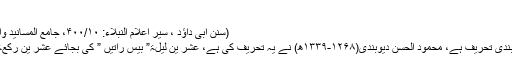
”
(سنن ابی داؤد ، سیر اعلام النبلاء: ۴۰۰/۱۰، جامع المسانید والسنن للحافظ ابن کثیر : ۵۵/۱)
عشر ین رکعۃ کے الفاظ دیو بندی تحریف ہے، محمود الحسن دیوبندی(۱۲۶۸-۱۳۳۹ھ) نے یہ تحریف کی ہے، عشر ین لیلۃ” بیس راتیں ” کی بجائے عشر ین رکعۃ ” بیس رکعتیں ” کر دیا ہے۔